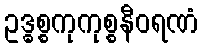
ဥဒ္ဓစ္စကုကုစ္စနီဝရဏံ